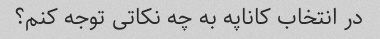
در انتخاب کاناپه به چه نکاتی توجه کنم؟